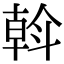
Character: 斡